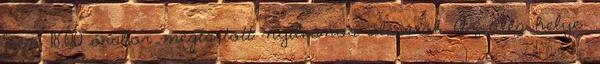
5-én 18,00 órakor megtartott nyilvános üléséről. Az ülés helye: